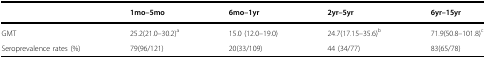
|  | 1mo–5mo | 6mo–1yr | 2yr–5yr | 6yr–15yr |
 | --- | --- | --- | --- | --- |
 | GMT | 25.2(21.0–30.2)a | 15.0 (12.0–19.0) | 24.7(17.15–35.6)b | 71.9(50.8–101.8)c |
 | Seroprevalence rates (%) | 79(96/121) | 20(33/109) | 44 (34/77) | 83(65/78) |